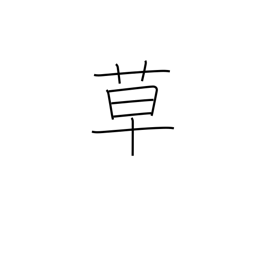
Meaning: herbs